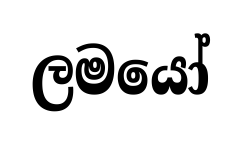
ලමයෝ